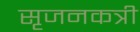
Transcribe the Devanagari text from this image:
सृजनकत्री